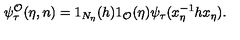
\psi _ { \tau } ^ { \mathcal { O } } ( \eta , n ) = 1 _ { N _ { \eta } } ( h ) 1 _ { \mathcal { O } } ( \eta ) \psi _ { \tau } ( x _ { \eta } ^ { - 1 } h x _ { \eta } ) .